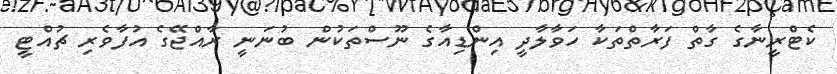
ކެޓްރީނާގެ ގާތް ފަރާތްތަކާ ހަވާލާދީ އިންޑިއާގެ ނޫސްތަކުން ބުނަނީ ރާއްޖޭގެ އުފާވެރި ޗުއްޓީ